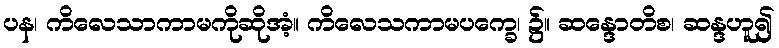
ပန၊ ကိလေသာကာမကိုဆိုအံ့။ ကိလေသကာမပက္ခေ၊ ၌။ ဆန္ဒောတိစ၊ ဆန္ဒဟူ၍